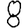
Digit: 8